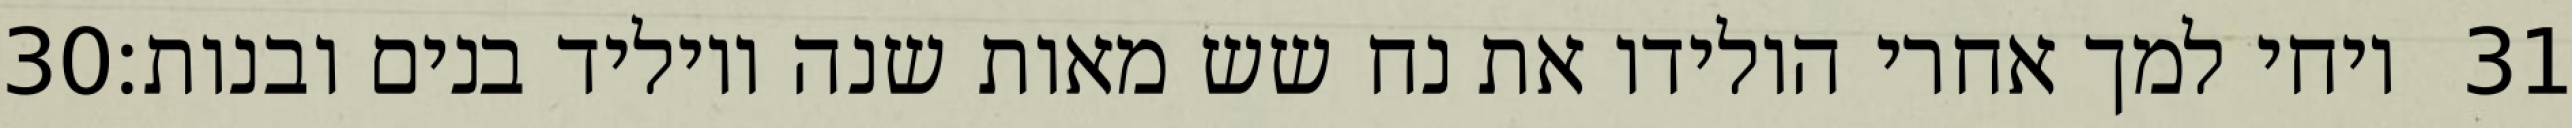
‎30‏ ויחי למך אחרי הולידו את נח שש מאות שנה ויוליד בנים ובנות׃ ‎31‏